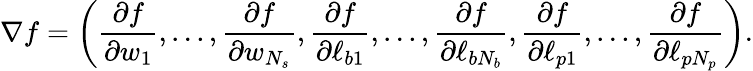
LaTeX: \nabla f=\left(\frac{\partial f}{\partial w_{1}},...,\frac{\partial f}{\partial w_{N_{s}}},\frac{\partial f}{\partial\ell_{b1}},...,\frac{\partial f}{\partial\ell_{bN_{b}}},\frac{\partial f}{\partial\ell_{p1}},...,\frac{\partial f}{\partial\ell_{pN_{p}}}\right).